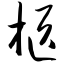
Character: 柩